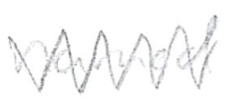
Text: named
Cross-out: zig-zag
Writing tool: pencil